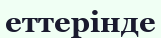
еттерінде